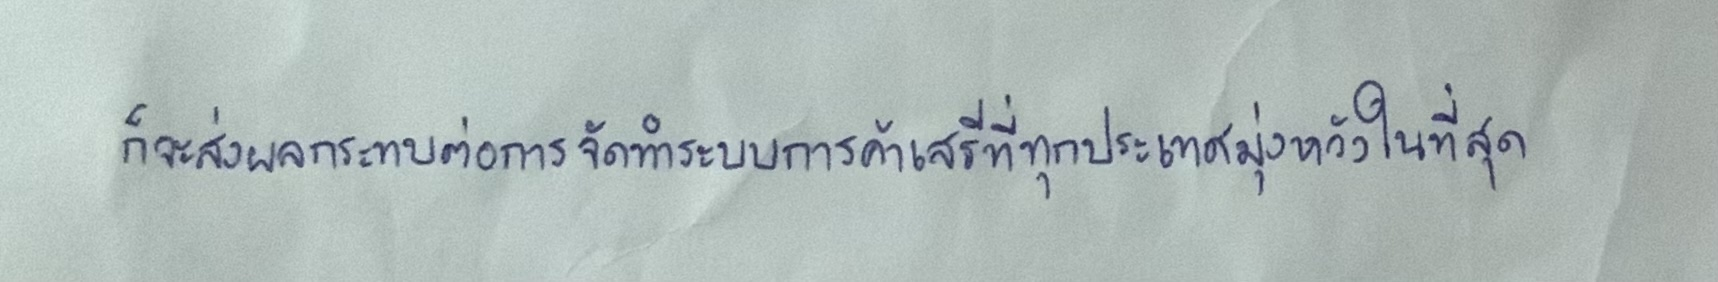
ก็จะส่งผลกระทบต่อการจัดทำระบบการค้าเสรีที่ทุกประเทศมุ่งหวังในที่สุด